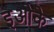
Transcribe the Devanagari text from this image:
इओके